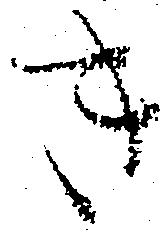
き